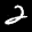
Label: 2